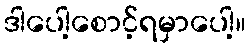
ဒါပေါ့စောင့်ရမှာပေါ့။